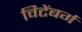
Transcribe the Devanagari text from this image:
विटेंबर्ग